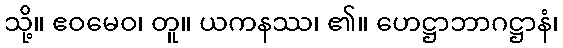
သို့။ ဧဝမေဝ၊ တူ။ ယကနဿ၊ ၏။ ဟေဋ္ဌာဘာဂဋ္ဌာနံ၊